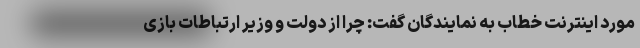
مورد اینترنت خطاب به نمایندگان گفت: چرا از دولت و وزیر ارتباطات بازی